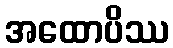
အထောပိဿ